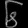
Digit: ၆